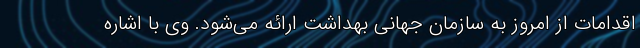
اقدامات از امروز به سازمان جهانی بهداشت ارائه می‌شود. وی با اشاره